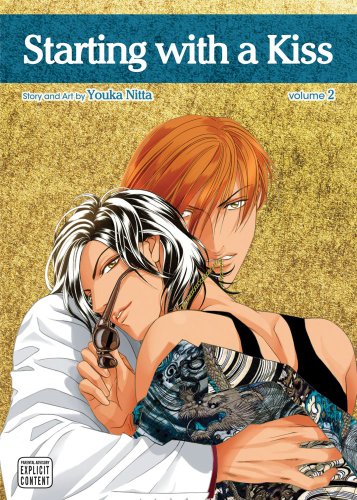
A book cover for Starting with a Kiss, Vol. 2 (Yaoi Manga) (Kiss Ariki); Youka Nitta; Comics & Graphic Novels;